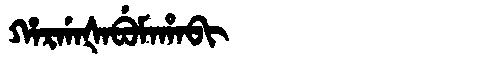
Manchu: ᡥᠠᡵᡤᠠᡧᠠᠪᡠᠮᠠᡥᠠᠪᡳ
Romanization: HARGAŠABUMAHABI